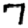
Digit: 7